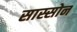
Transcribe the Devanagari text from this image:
सास्सोन